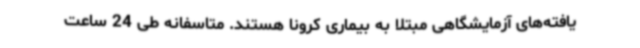
یافته‌های آزمایشگاهی مبتلا به بیماری کرونا هستند. متاسفانه طی 24 ساعت